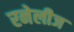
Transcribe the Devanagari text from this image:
रनेलीज